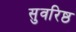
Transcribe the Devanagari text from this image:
सुवरिष्ठ